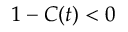
1 - C ( t ) < 0